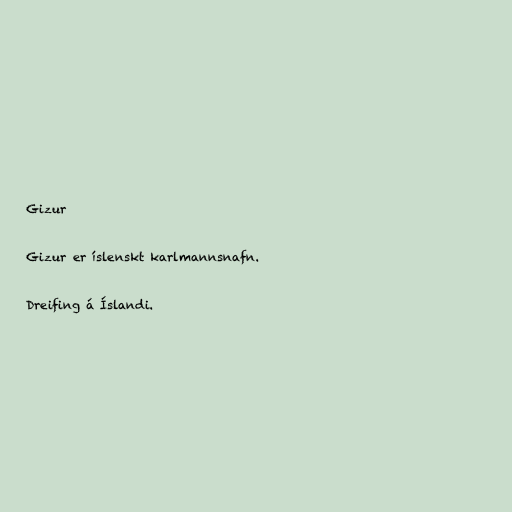
Gizur

Gizur er íslenskt karlmannsnafn.

Dreifing á Íslandi.